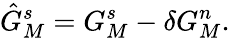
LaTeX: \hat{G}_{M}^{s}=G_{M}^{s}-\delta G_{M}^{n}.